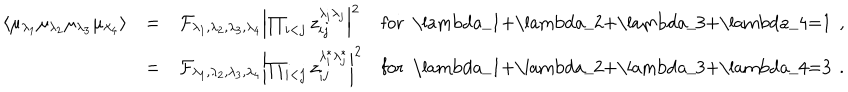
\begin{array} { r c l l } { { \langle \mu _ { \lambda _ { 1 } } \mu _ { \lambda _ { 2 } } \mu _ { \lambda _ { 3 } } \mu _ { \lambda _ { 4 } } \rangle } } & { { = } } & { { \mathcal { F } _ { \lambda _ { 1 } , \lambda _ { 2 } , \lambda _ { 3 } , \lambda _ { 4 } } \left| \prod _ { i < j } z _ { i j } ^ { \lambda _ { i } \lambda _ { j } } \right| ^ { 2 } } } & { { \mathrm { f o r ~ \ l a m b d a _ { 1 } + \ l a m b d a _ { 2 } + \ l a m b d a _ { 3 } + \ l a m b d a _ { 4 } = 1 ~ } \, , } } \\ { { } } & { { = } } & { { \mathcal { F } _ { \lambda _ { 1 } , \lambda _ { 2 } , \lambda _ { 3 } , \lambda _ { 4 } } \left| \prod _ { i < j } z _ { i j } ^ { \lambda _ { i } ^ { * } \lambda _ { j } ^ { * } } \right| ^ { 2 } } } & { { \mathrm { f o r ~ \ l a m b d a _ { 1 } + \ l a m b d a _ { 2 } + \ l a m b d a _ { 3 } + \ l a m b d a _ { 4 } = 3 ~ } \, . } } \\ \end{array}